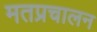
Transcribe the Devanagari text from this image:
मतप्रचालन